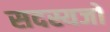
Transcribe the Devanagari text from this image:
सदस्यजो